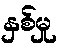
နှစ်မှု